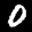
Label: 0